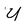
Character: U